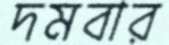
দমবার